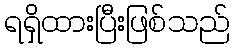
ရရှိထားပြီးဖြစ်သည်